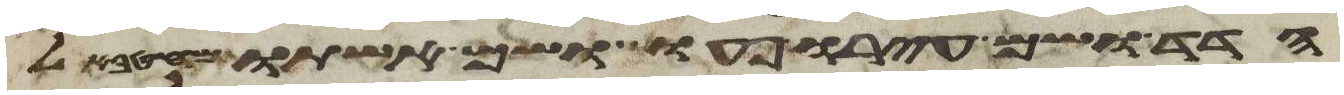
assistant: הדד ושם עירו פעו ושם אשתו מהטבאל